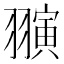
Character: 𬚈